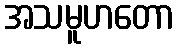
အသမူဟတော